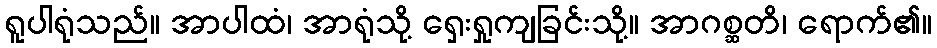
ရူပါရုံသည်။ အာပါထံ၊ အာရုံသို့ ရှေးရှုကျခြင်းသို့။ အာဂစ္ဆတိ၊ ရောက်၏။